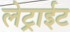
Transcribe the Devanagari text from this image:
लेट्राईट